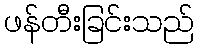
ဖန်တီးခြင်းသည်